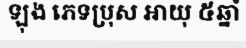
ឡុង ភេទប្រុស អាយុ ៥ឆ្នាំ